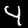
Label: 4